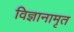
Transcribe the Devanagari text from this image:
विज्ञानामृत